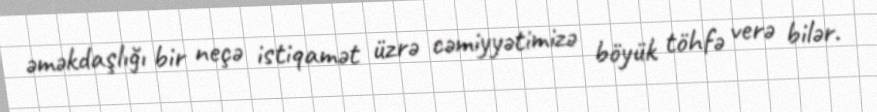
əməkdaşlığı bir neçə istiqamət üzrə cəmiyyətimizə böyük töhfə verə bilər.